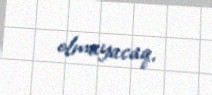
olmayacaq.